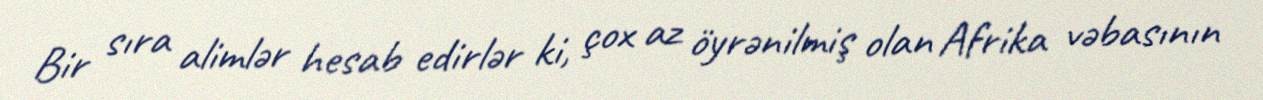
Bir sıra alimlər hesab edirlər ki, çox az öyrənilmiş olan Afrika vəbasının